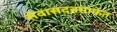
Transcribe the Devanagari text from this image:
सेवासदनमार्फत